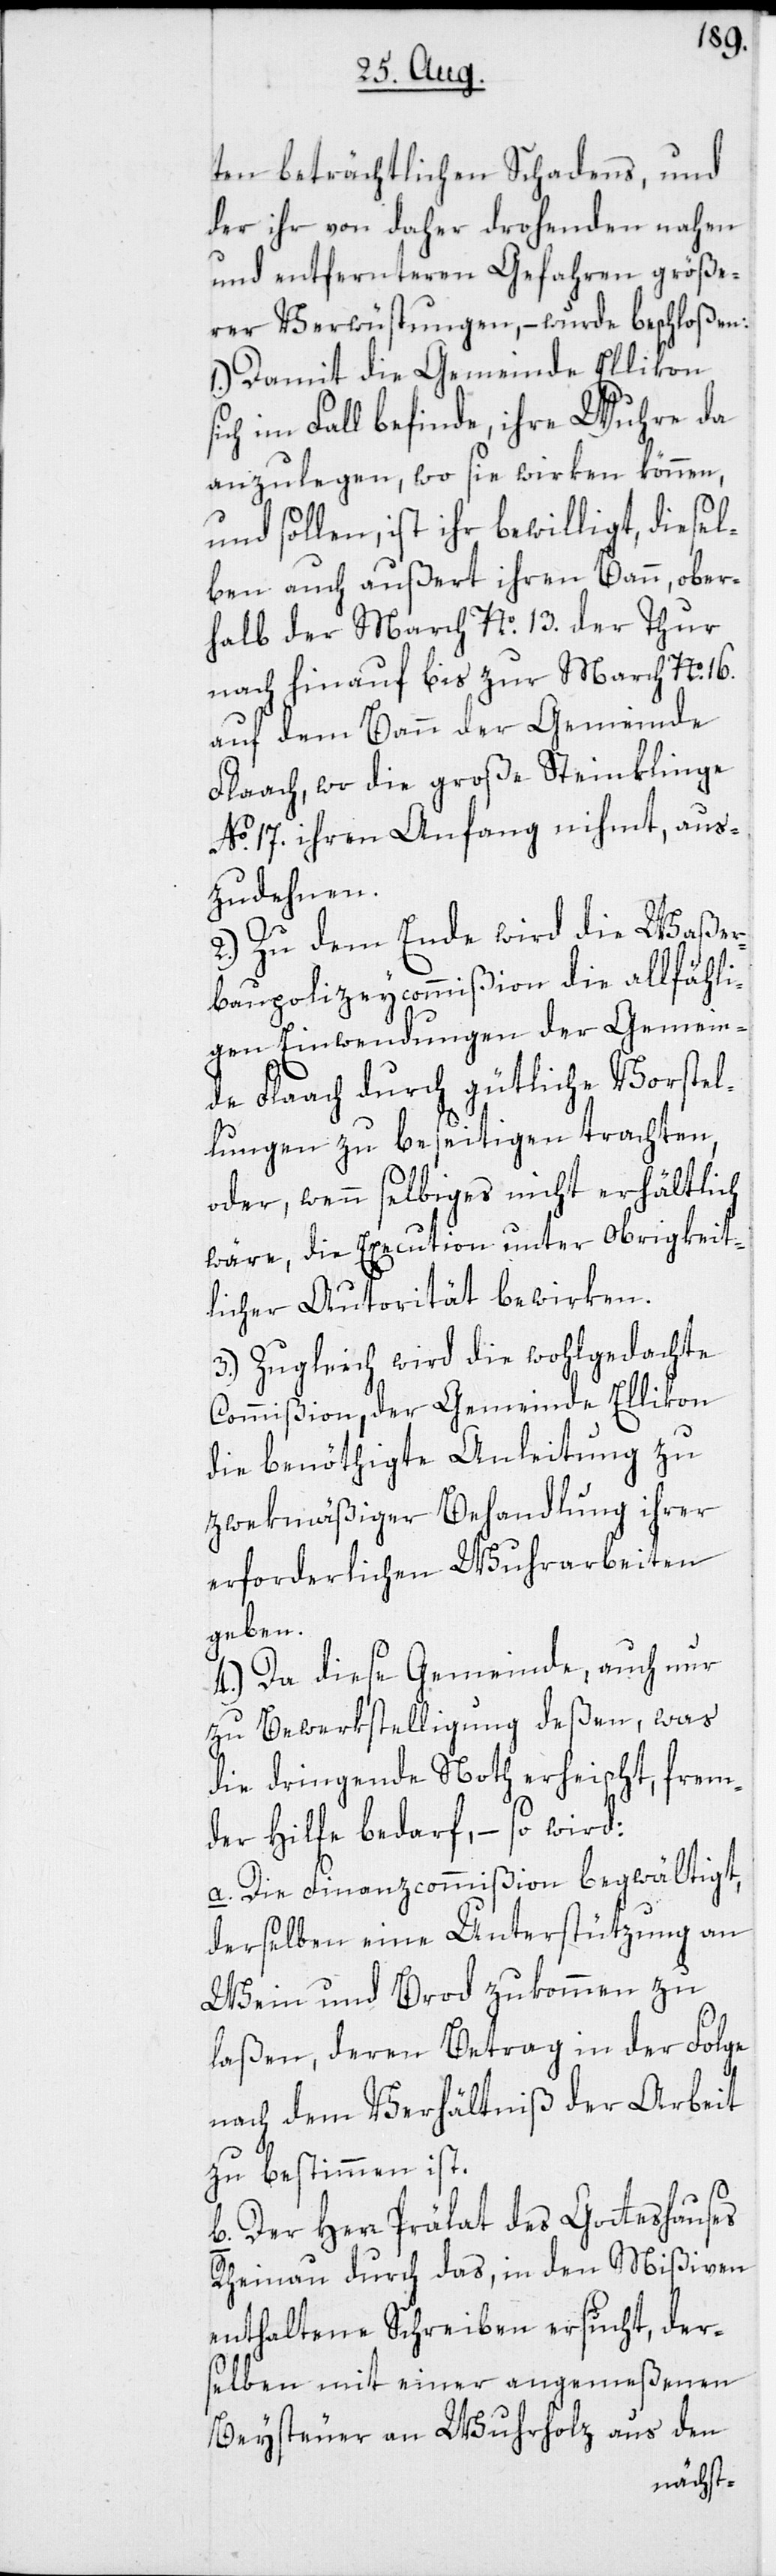
ten beträchtlichen Schadens, und
der ihr von daher drohenden nahen
und entfernteren Gefahren größe¬
rer Verwüstungen, – wurde beschloßen:
1.) Damit die Gemeinde Ellikon
im Fall befinde, ihre Wuhre da
anzulegen, wo sie wirken können,
und sollen, ist ihr bewilligt, diesel¬
ben auch außert ihren Bann, ober¬
halb der March No. 13. der Thur
nach hinauf bis zur March No. 16.
auf dem Bann der Gemeinde
Flaach, wo die große Steinklinge
No. 17. ihren Anfang nihmt, aus¬
zudehnen.
2.) Zu dem Ende wird die Waßer¬
baupolizeycommißion die allfähli¬
gen Einwendungen der Gemein¬
de Flaach durch gütliche Vorstel¬
lungen zu beseitigen trachten,
oder, wenn selbiges nicht erhältlich
wäre, die Execution unter Obrigkeit¬
licher Autorität bewirken.
3.) Zugleich wird die wohlgedachte
Commißion, der Gemeinde Ellikon
die benöthigte Anleitung zu
zwekmäßiger Behandlung ihrer
erforderlichen Wuhrarbeiten
geben.
4.) Da diese Gemeinde, auch nur
zu Bewerkstelligung deßen, was
die dringende Noth erheischt, frem¬
der Hilfe bedarf, – so wird:
a. Die Finanzcommißion begwältigt,
derselben eine Unterstützung an
Wein und Brod zukommen zu
laßen, deren Betrag in der Folge
nach dem Verhältniß der Arbeit
zu bestimmen ist.
b. Der Herr Prälat des Gotteshauses
Rheinau durch das, in den Mißiven
enthaltene Schreiben ersucht, der¬
selben mit einer angemeßenen
Beysteuer an Wuhrholz aus den